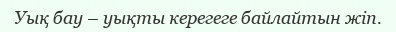
Уық бау – уықты керегеге байлайтын жіп.